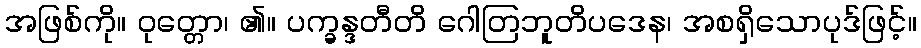
အဖြစ်ကို။ ဝုတ္တော၊ ၏။ ပက္ခန္ဒတီတိ ဂေါတြဘူတိပဒေန၊ အစရှိသောပုဒ်ဖြင့်။